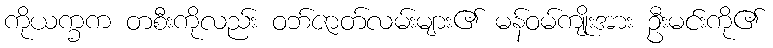
ကိုယက္ခက တစီးကိုလည်း ဝဘ်ဇာတ်လမ်းများ၏ မန်ဝမ်ကျိုးအား ဦးမင်းကို၏